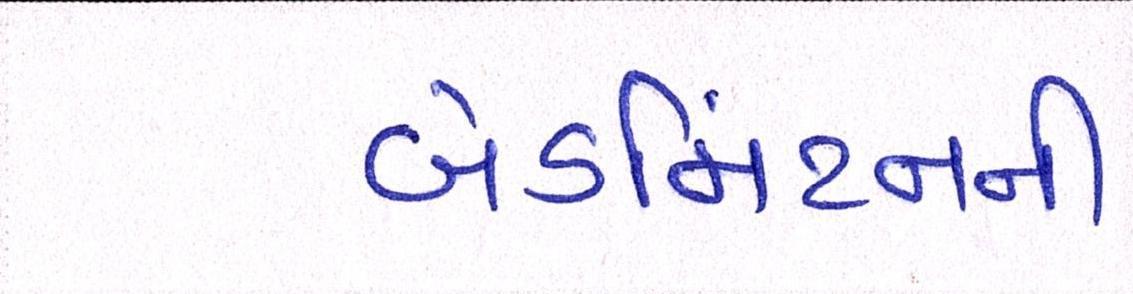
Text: બેડમિંટનની